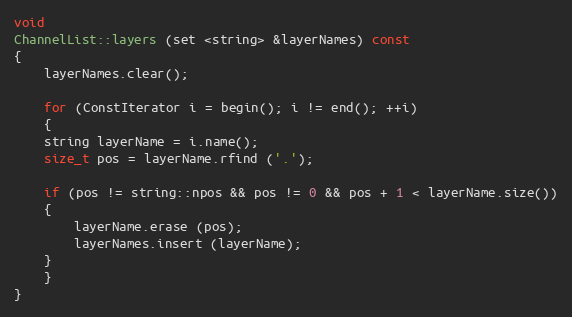
Language: C++
void
ChannelList::layers (set <string> &layerNames) const
{
    layerNames.clear();

    for (ConstIterator i = begin(); i != end(); ++i)
    {
	string layerName = i.name();
	size_t pos = layerName.rfind ('.');

	if (pos != string::npos && pos != 0 && pos + 1 < layerName.size())
	{
	    layerName.erase (pos);
	    layerNames.insert (layerName);
	}
    }
}